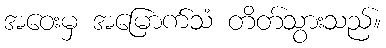
အဝေးမှ အမြောက်သံ တိတ်သွားသည်။